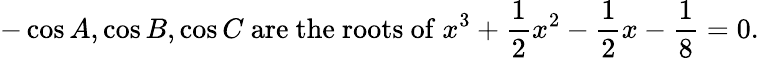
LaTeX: -\cos A,\cos B,\cos C{\mathrm{~are~the~roots~of~}}x^{3}+{\frac{1}{2}}x^{2}-{\frac{1}{2}}x-{\frac{1}{8}}=0.